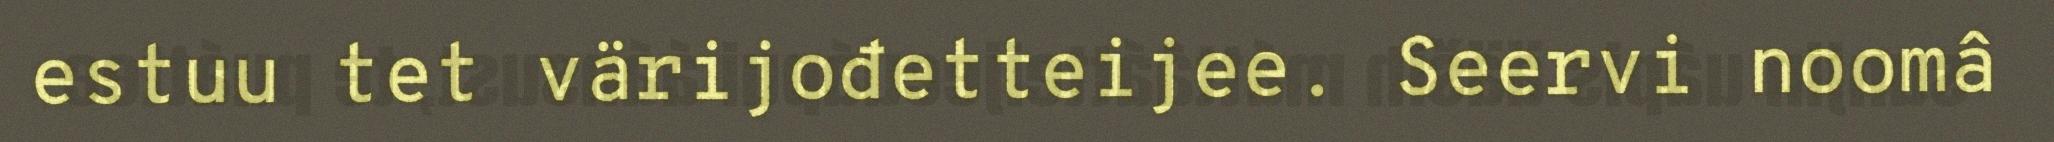
estuu tet värijođetteijee. Seervi noomâ